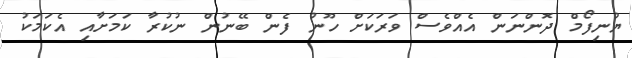
ޔުނިފޯމް ދޮންނަން އެއްވެސް ވަރަކަށް ހޫނު ފެން ބޭނުން ނުކުރާ ކަމަށާއި އެކަަމަކު